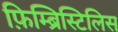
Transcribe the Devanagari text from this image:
फ़िम्ब्रिस्टिलिस